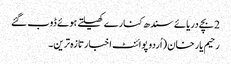
2 بچے دریائے سندھ کنارے کھیلتے ہوئے ڈوب گئے
رحیم یار خان (اُردو پوائنٹ اخبارتازہ ترین۔